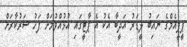
ޕީޕީއެމްގެ ނައިބު ލީޑަރު އަދީބާ އެކު އެ ޕާޓީގައި އުޅުއްވުމަށް ފަހު ސަރުކާރަށް